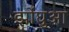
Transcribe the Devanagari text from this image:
झोंघुआ